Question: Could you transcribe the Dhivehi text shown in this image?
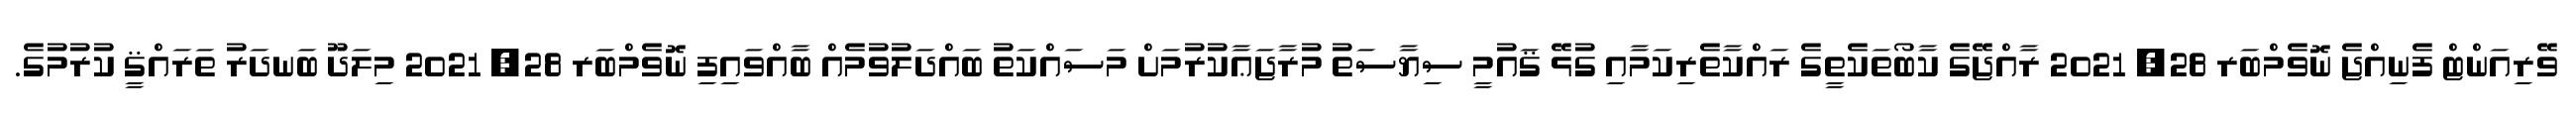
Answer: ވޭރިއަންޓް ފެނިއްޖެ ނޮވެމްބަރ 28, 2021 ރާއްޖޭގެ ކާބޯތަކެތީގެ ރައްކާތެރިކަމާއި ގުޅޭ ޤައުމީ ސިޔާސަތު މުރާޖަޢާކުރުމަށް މަސައްކަތު ބައްދަލުވުމެއް ބާއްވައިފި ނޮވެމްބަރ 28, 2021 މިލަދޫ ބަނދަރު ތަރައްޤީ ކުރުމުގެ.